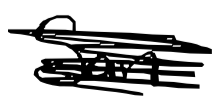
Text: San
Cross-out: scratch
Writing tool: digital_black